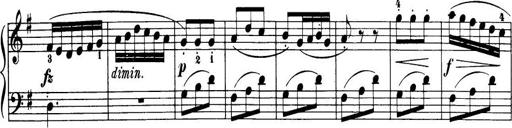
Title: 32 Sonatinas and Rondos for the Piano
Composer: Richard Kleinmichel